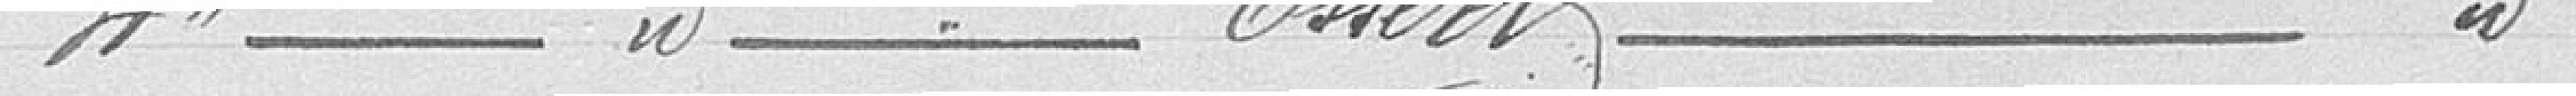
4° Commune d'ESSERT une part de